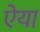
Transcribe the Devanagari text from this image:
ऐया